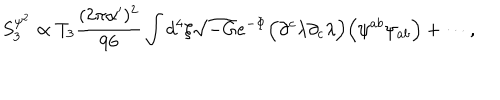
S _ { 3 } ^ { \psi ^ { 2 } } \propto T _ { 3 } { \frac { ( 2 \pi \alpha ^ { \prime } ) ^ { 2 } } { 9 6 } } \int d ^ { 4 } \xi \sqrt { - G } e ^ { - \Phi } \Big ( \partial ^ { c } \lambda \partial _ { c } \lambda \Big ) \Big ( \psi ^ { a b } \psi _ { a b } \Big ) + \cdots ,